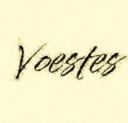
Voestes